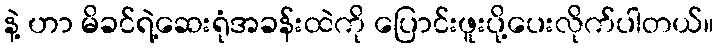
နဲ့ ဟာ မိခင်ရဲ့ဆေးရုံအခန်းထဲကို ပြောင်းဖူးပို့ပေးလိုက်ပါတယ်။